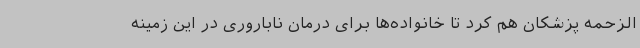
الزحمه پزشکان هم کرد تا خانواده‌ها برای درمان ناباروری در این زمینه